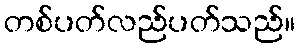
တစ်ပတ်လည်ပတ်သည်။